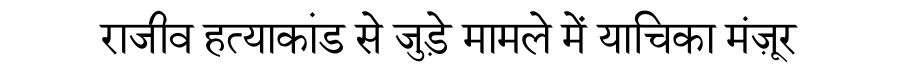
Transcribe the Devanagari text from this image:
राजीव हत्याकांड से जुड़े मामले में याचिका मंज़ूर